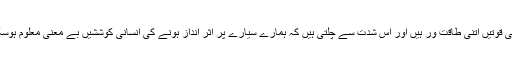
قدرت کی قوتیں اتنی طاقت ور ہیں اور اس شدت سے چلتی ہیں کہ ہمارے سیارے پر اثر انداز ہونے کی انسانی کوششیں بے معنی معلوم ہوسکتی ہیں۔